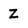
Character: Z